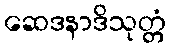
ဆေဒနာဒိသုတ္တံ